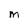
Character: m